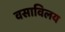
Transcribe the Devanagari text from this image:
वसाविलय